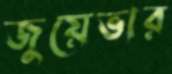
জুয়েভার